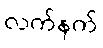
လက်နက်